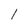
Character: 1